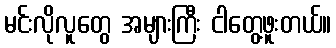
မင်းလိုလူတွေ အများကြီး ငါတွေ့ဖူးတယ်။